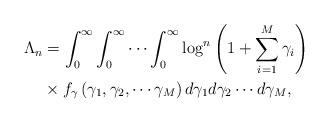
LaTeX: \begin{align*}{\Lambda _n} &= \int_0^\infty \int_0^\infty \cdots \int_0^\infty {{\log }^n}\left( {1 + \sum\limits_{i = 1}^M {{\gamma _i}} } \right) \\&\times {f_\gamma }\left( {{\gamma _1},{\gamma _2}, \cdots {\gamma _M}} \right)d{\gamma _1}d{\gamma _2} \cdots d{\gamma _M} ,\end{align*}